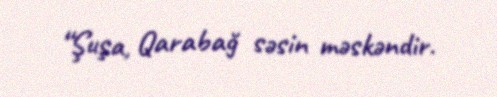
“Şuşa, Qarabağ səsin məskəndir.